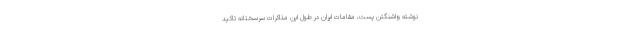
نوشته واشنگتن پست، مقامات ایران در طول این مذاکرات سرسختانه تاکید